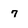
Character: 7